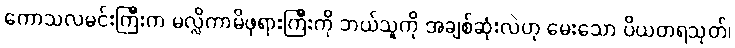
ကောသလမင်းကြီးက မလ္လိကာမိဖုရားကြီးကို ဘယ်သူကို အချစ်ဆုံးလဲဟု မေးသော ပိယတရသုတ်၊